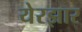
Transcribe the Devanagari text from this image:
येरझार